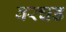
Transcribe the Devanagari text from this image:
वरचड